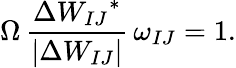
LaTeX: \Omega\, \frac{\Delta{W_{IJ}}^{*}}{\left|\Delta W_{IJ}\right|}\, \omega_{IJ}=1.